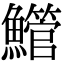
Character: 䲘